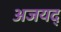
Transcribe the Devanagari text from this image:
अजयद्